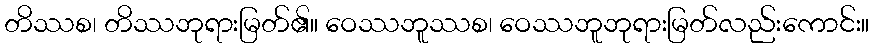
တိဿစ၊ တိဿဘုရားမြတ်၏။ ဝေဿဘူဿစ၊ ဝေဿဘူဘုရားမြတ်လည်းကောင်း။